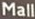
Mall